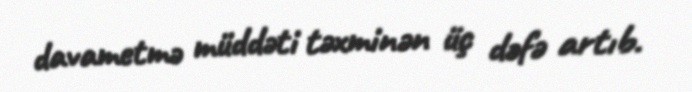
davametmə müddəti təxminən üç dəfə artıb.